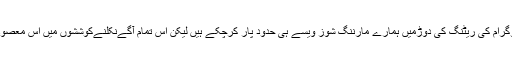
مانا کہ چینل اور پروگرام کی ریٹنگ کی دوڑمیں ہمارے مارننگ شوز ویسے ہی حدود پار کرچکے ہیں لیکن اس تمام آگےنکلنےکوششوں میں اس معصوم بچے کاکیا قصور؟